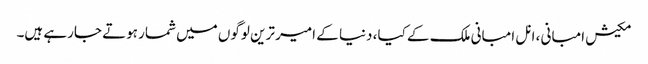
مکیش امبانی ، انل امبانی ملک کے کیا، دنیا کے امیر ترین لوگوں میں شمار ہوتے جارہے ہیں۔